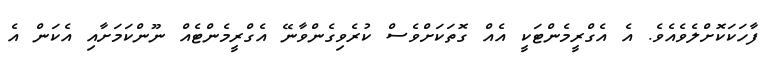
ފާހަކަކޮށްލެވެއެވެ. އެ އެގްރީމެންޓަކީ އެއް ގޮތަކަށްވެސް ކުރެވިގެންވާނޭ އެގްރީމެންޓެއް ނޫންކަމަށާއި އެކަން އެ